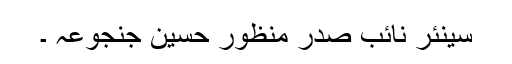
سینئر نائب صدر منظور حسین جنجوعہ ۔